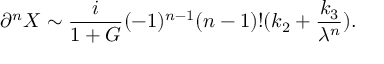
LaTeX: \partial ^ { n } X \sim \frac { i } { 1 + G } ( - 1 ) ^ { n - 1 } ( n - 1 ) ! ( k _ { 2 } + \frac { k _ { 3 } } { \lambda ^ { n } } ) .